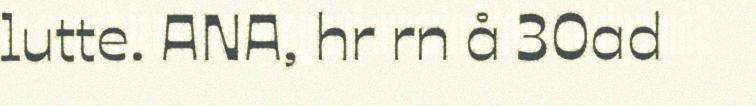
lutte. ANA, hr rn å 30ad